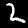
Label: 2